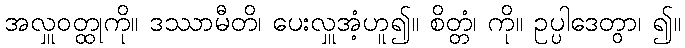
အလှူဝတ္ထုကို။ ဒဿာမီတိ၊ ပေးလှူအံ့ဟူ၍။ စိတ္တံ၊ ကို။ ဥပ္ပါဒေတွာ၊ ၍။